Lunatic asylums Central Provinces reports 1895-1909 - 1895-1909
Year: 1895
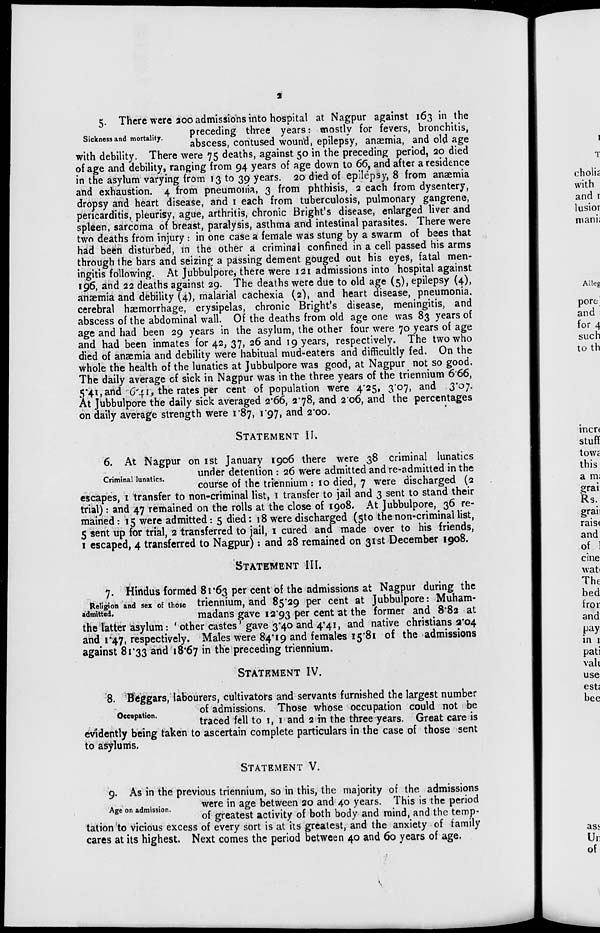
2
Sickness and mortality.
5. There were 200 admissions into hospital at Nagpur against 163 in the
preceding three years: mostly for fevers, bronchitis,
abscess, contused wound, epilepsy, anæmia, and old age
with debility. There were 75 deaths, against 50 in the preceding period, 20 died
of age and debility, ranging from 94 years of age down to 66, and after a residence
in the asylum varying from 13 to 39 years. 20 died of epilepsy, 8 from anæmia
and exhaustion. 4 from pneumonia, 3 from phthisis, 2 each from dysentery,
dropsy and heart disease, and 1 each from tuberculosis, pulmonary gangrene,
pericarditis, pleurisy, ague, arthritis, chronic Bright's disease, enlarged liver and
spleen, sarcoma of breast, paralysis, asthma and intestinal parasites. There were
two deaths from injury : in one case a female was stung by a swarm of bees that
had been disturbed, in the other a criminal confined in a cell passed his arms
through the bars and seizing a passing dement gouged out his eyes, fatal men-
ingitis following. At Jubbulpore, there were 121 admissions into hospital against
196, and 22 deaths against 29. The deaths were due to old age (5), epilepsy (4),
anæmia and debility (4), malarial cachexia (2), and heart disease, pneumonia,
cerebral hæmorrhage, erysipelas, chronic Bright's disease, meningitis, and
abscess of the abdominal wall. Of the deaths from old age one was 83 years of
age and had been 29 years in the asylum, the other four were 70 years of age
and had been inmates for 42, 37, 26 and 19 years, respectively. The two who
died of anæmia and debility were habitual mud-eaters and difficultly fed. On the
whole the health of the lunatics at Jubbulpore was good, at Nagpur not so good.
The daily average of sick in Nagpur was in the three years of the triennium 6.66,
5.41, and 6.41, the rates per cent of population were 4025, 3.07, and 3.07.
At Jubbulpore the daily sick averaged 2.66, 2.78, and 2.06, and the percentages
on daily average strength were 1.87, 1.97, and 2.00.
STATEMENT
II.
Criminal lunatics.
6. At Nagpur on 1st January 1906 there were 38 criminal lunatics
under detention : 26 were admitted and re-admitted in the
course of the triennium : 10 died, 7 were discharged (2
escapes, 1 transfer to non-criminal list, 1 transfer to jail and 3 sent to stand their
trial): and 47 remained on the rolls at the close of 1908. At Jubbulpore, 36 re-
mained : 15 were admitted : 5 died: 18 were discharged (5 to the non-criminal list,
5 sent up for trial, 2 transferred to jail, 1 cured and made over to his friends,
1 escaped, 4 transferred to Nagpur): and 28 remained on 31st December 1908.
STATEMENT
III.
7. Hindus formed 81.63 per cent of the admissions at Nagpur during the
triennium, and 85.29 per cent at Jubbulpore: Muham-
madans gave 12.93 per cent at the former and 8.82 at
the latter asylum: 'other castes gave 3.40 and 4.41, and native christians 2.04
and 1.47, respectively. Males were 84.19 and females 15.81 of the admissions
against 81.33 and 18.67 in the preceding triennium.
STATEMENT IV.
Religion and sex of those
admitted.
Occupation.
8. Beggars, labourers, cultivators and servants furnished the largest number
of admissions. Those whose occupation could not be
traced fell to 1, 1 and 2 in the three years. Great care is
evidently being taken to ascertain complete particulars in the case of those sent
to asylums.
STATEMENT
V.
Age on admission.
9. As in the previous triennium, so in this, the majority of the admissions
were in age between 20 and 40 years. This is the period
of greatest activity of both body and mind, and the temp-
tation to vicious excess of every sort is at its greatest, and the anxiety of family
cares at its highest. Next comes the period between 40 and 60 years of age.